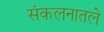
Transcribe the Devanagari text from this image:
संकलनातले